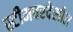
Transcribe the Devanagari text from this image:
स्टीमवरदेखील